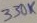
Text: 330K